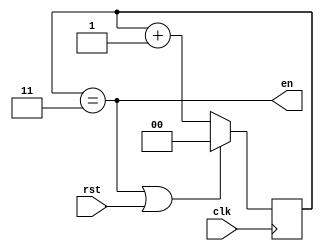
//Generikus engedlyezojel-generl
module rategen #(
	parameter COUNTER_WIDTH = 2,
	parameter DIVISOR = 4
	)(
	input clk,
	input rst,
	output en
	);

	reg [COUNTER_WIDTH - 1:0] counter = 0;

	always @ (posedge clk) begin
		if(en | rst)
			counter <= 0;
		else
			counter <= counter + 1'b1;

	end
	
	assign en = counter == DIVISOR - 1'b1;


endmodule // rategen